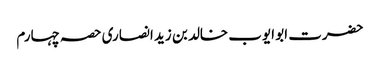
حضرت ابو ایوب خالد بن زید انصاری	حصہ چہارم